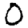
Digit: 0